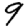
Digit: 9